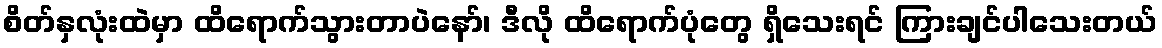
စိတ်နှလုံးထဲမှာ ထိရောက်သွားတာပဲနော်၊ ဒီလို ထိရောက်ပုံတွေ ရှိသေးရင် ကြားချင်ပါသေးတယ်